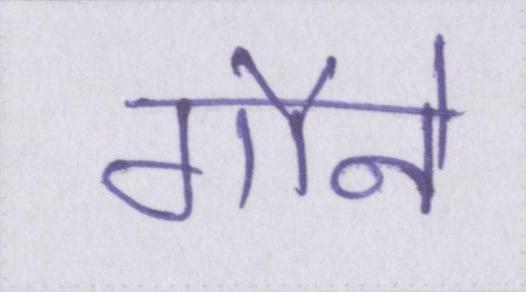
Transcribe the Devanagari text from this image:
गौने